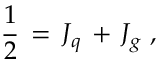
{ \frac { 1 } { 2 } } \, = \, J _ { q } \, + \, J _ { g } \; ,